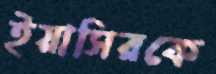
ইয়াসিরকে